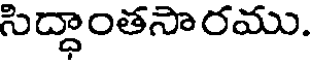
సిద్ధాంతసారము.